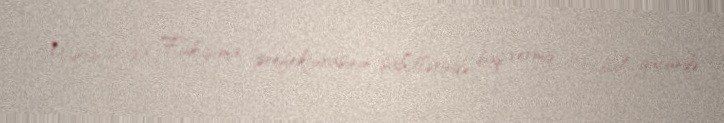
Martın 16-da Fukuşima prefekturasının sahillərində baş vermiş 7,3 bal gücündə